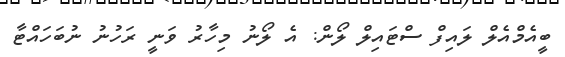
ބީއެމްއެލް ލައިފް ސްޓައިލް ލޯން: އެ ލޯނު މިހާރު ވަނީ ރަހުނު ނުބަހަައްޓާ